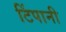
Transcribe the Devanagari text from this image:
टिंपानी